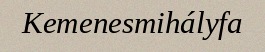
Kemenesmihályfa